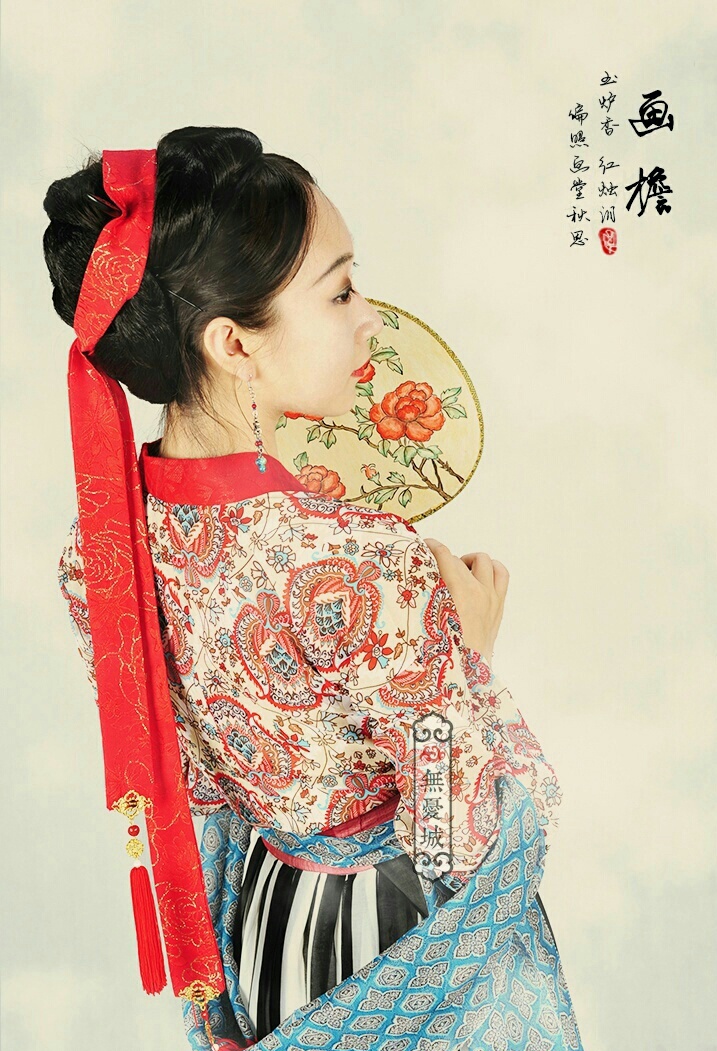
玉炉香，红蜡泪，偏照画堂秋思。